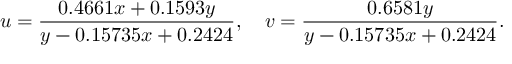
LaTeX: u = { \frac { 0 . 4 6 6 1 x + 0 . 1 5 9 3 y } { y - 0 . 1 5 7 3 5 x + 0 . 2 4 2 4 } } , \quad v = { \frac { 0 . 6 5 8 1 y } { y - 0 . 1 5 7 3 5 x + 0 . 2 4 2 4 } } .